Annual report on the working of the Harcourt Butler Institute of Public Health, Rangoon
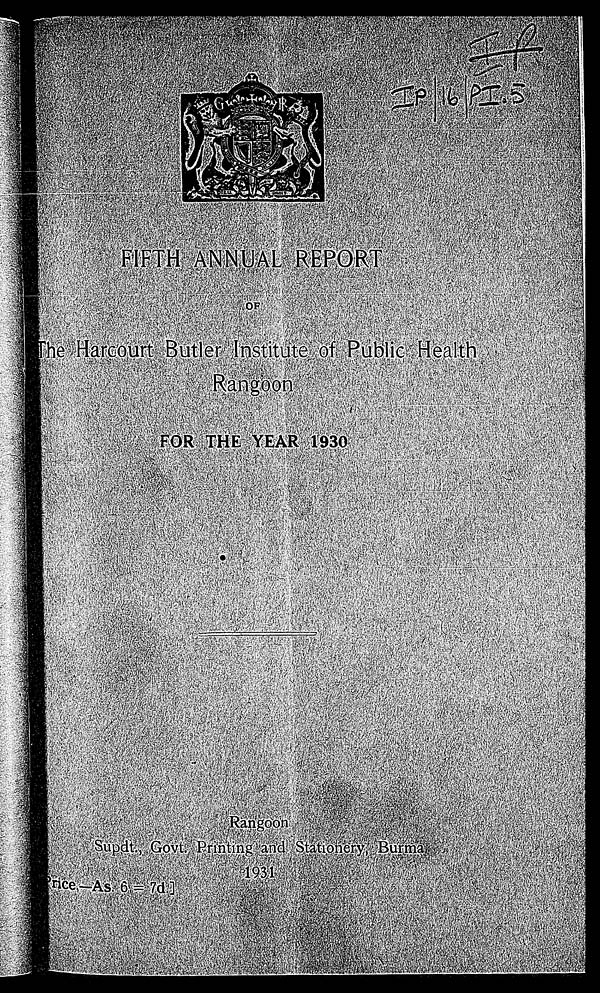
IP IP/16/PI.5
FIFTH ANNUAL REPORT
The Harcourt Butler Institute of Public Health
Rangoon.
F O R T H E Y E A R 1 9 3 0
Rangoon Supdt., Govt. Printing and Stationery, Burma
1931 [Price,—As. 6 = 7d.]